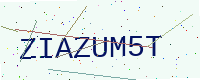
Text: ZIAZUM5T